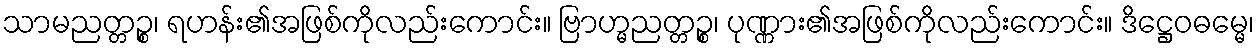
သာမညတ္တဉ္စ၊ ရဟန်း၏အဖြစ်ကိုလည်းကောင်း။ ဗြာဟ္မညတ္တဉ္စ၊ ပုဏ္ဏား၏အဖြစ်ကိုလည်းကောင်း။ ဒိဋ္ဌေဝဓမ္မေ၊